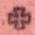
+